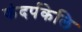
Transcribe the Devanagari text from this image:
कंदर्पकेलि